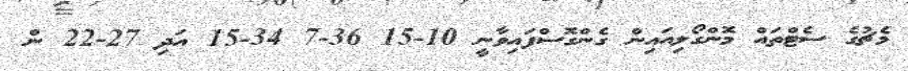
މެޗުގެ ސެޓްތައް މޮންގޯލިއައިން ގެންގޮސްފައިވާނީ 10-15 36-7 34-15 އަދި 27-22 ން